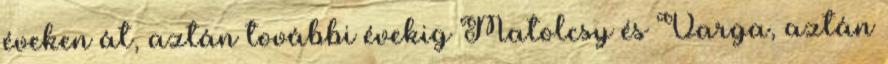
éveken át, aztán további évekig Matolcsy és Varga, aztán